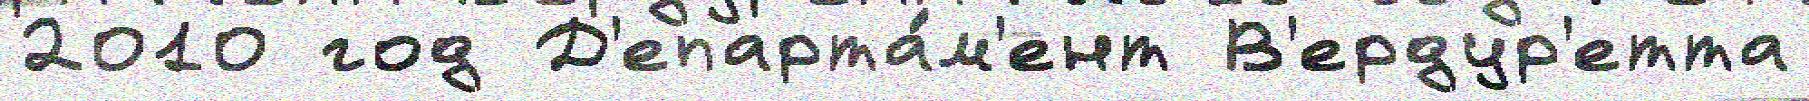
2010 год Д'епарта́м'ент В'ердур'етта